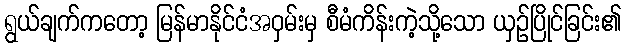
ရွယ်ချက်ကတော့ မြန်မာနိုင်ငံအဝှမ်းမှ စီမံကိန်းကဲ့သို့သော ယှဉ်ပြိုင်ခြင်း၏